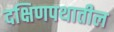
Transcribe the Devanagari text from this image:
दक्षिणपथातील